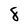
Character: 8